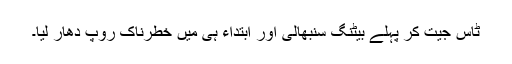
ٹاس جیت کر پہلے بیٹنگ سنبھالی اور ابتداء ہی میں خطرناک روپ دھار لیا۔